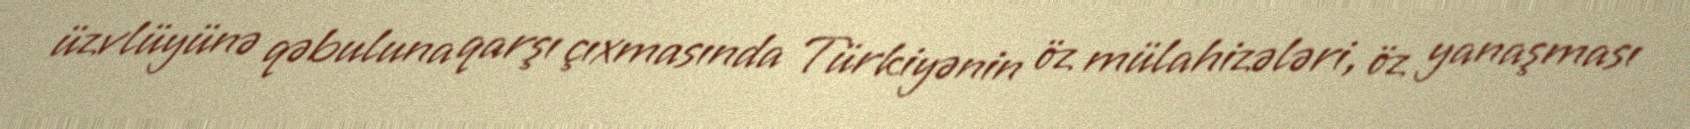
üzvlüyünə qəbuluna qarşı çıxmasında Türkiyənin öz mülahizələri, öz yanaşması